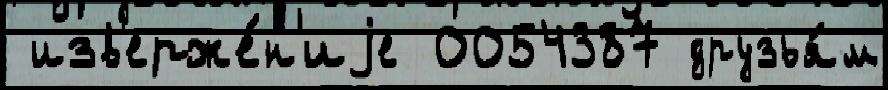
 изв'ерже́н'иjе 0054387 друзья́м